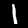
Digit: 1